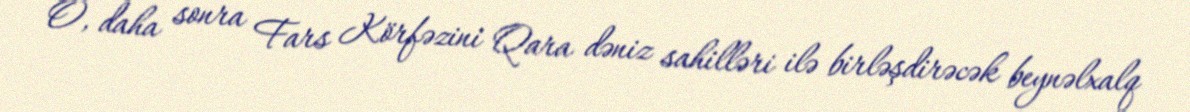
O, daha sonra Fars Körfəzini Qara dəniz sahilləri ilə birləşdirəcək beynəlxalq